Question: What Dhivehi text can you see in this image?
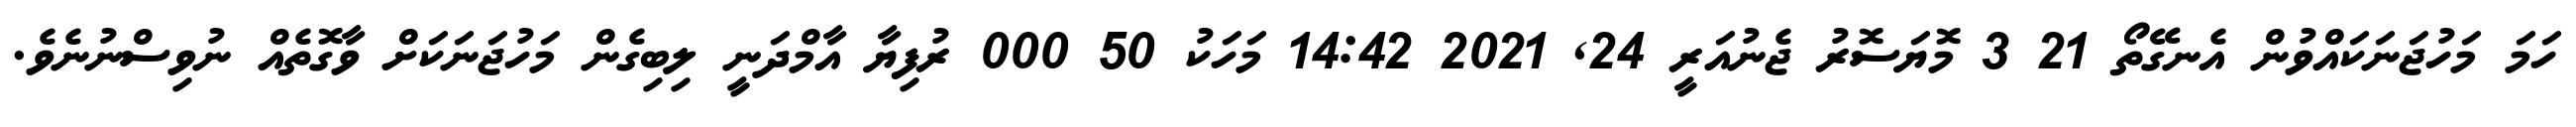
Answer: ހަމަ މަހުޖަނަކައްވުން އެނގޭތޯ 21 3 މޮޔަސޮރު ޖެނުއަރީ 24, 2021 14:42 މަހަކު 50 000 ރުފިޔާ އާމްދަނީ ލިބިގެން މަހުޖަނަކަށް ވާގޮތެއް ނުވިސްނުނެވެ.